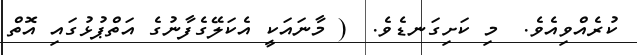
ކުރެއްވިއެވެ.  މި ކަށިގަނޑެވެ.  ( މާނައަކީ އެކަލޭގެފާނުގެ އަތްޕުޅުގައި އޮތް